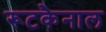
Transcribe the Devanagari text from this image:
रूटकैनाल